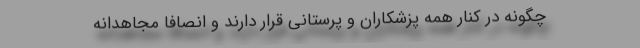
چگونه در کنار همه پزشکاران و پرستانی قرار دارند و انصافا مجاهدانه